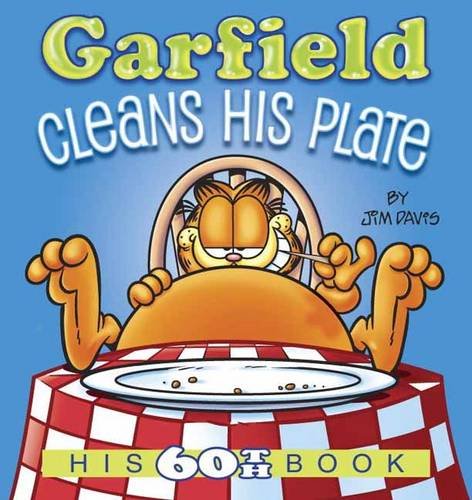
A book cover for Garfield Cleans His Plate: His 60th Book; Jim Davis; Comics & Graphic Novels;